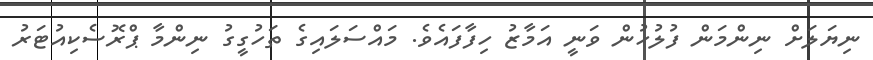
ނިޔަލަށް ނިންމަން ފުލުހުން ވަނީ އަމާޒު ހިފާފައެވެ. މައްސަލައިގެ ތަހުގީގު ނިންމާ ޕްރޮސެކިއުޓަރު